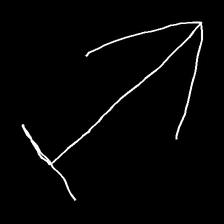
Glyph: levitation